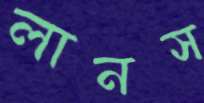
লানস